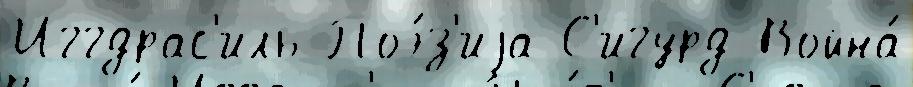
Иггдрас'иль Поэ́з'иjа С'игурд Война́